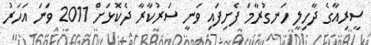
ސީރިއާގެ ދާހިލީ ހަނގުރާމަ ފެށިފައި ވަނީ ސަރުކާރާ ދެކޮޅަށް 2011 ވަނަ އަހަރު